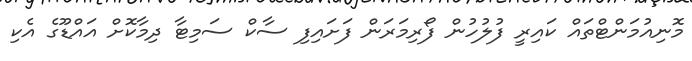
މޮނިއުމަންޓްތައް ކައިރީ ފުލުހުން ފޯރިމަރަން ފަށައިފި ސާކް ސަމިޓާ ދިމާކޮށް އައްޑޫގެ އެކި